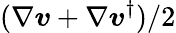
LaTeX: (\nabla\boldsymbol{v}+\nabla\boldsymbol{v}^{\dagger})/2